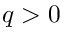
q > 0